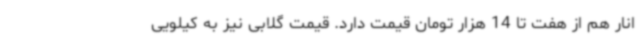
انار هم از هفت تا 14 هزار تومان قیمت دارد. قیمت گلابی نیز به کیلویی